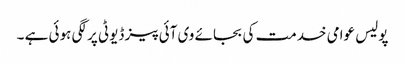
پولیس عوامی خدمت کی بجائے وی آئی پیز ڈیوٹی پر لگی ہوئی ہے ۔